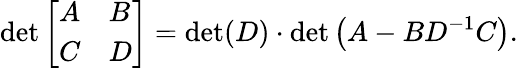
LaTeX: \operatorname*{det}{\left[\begin{array}{ll}{A}&{B}\\ {C}&{D}\end{array}\right]}=\operatorname*{det}(D)\cdot\operatorname*{det}\left(A-BD^{-1}C\right).